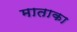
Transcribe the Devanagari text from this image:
माताका